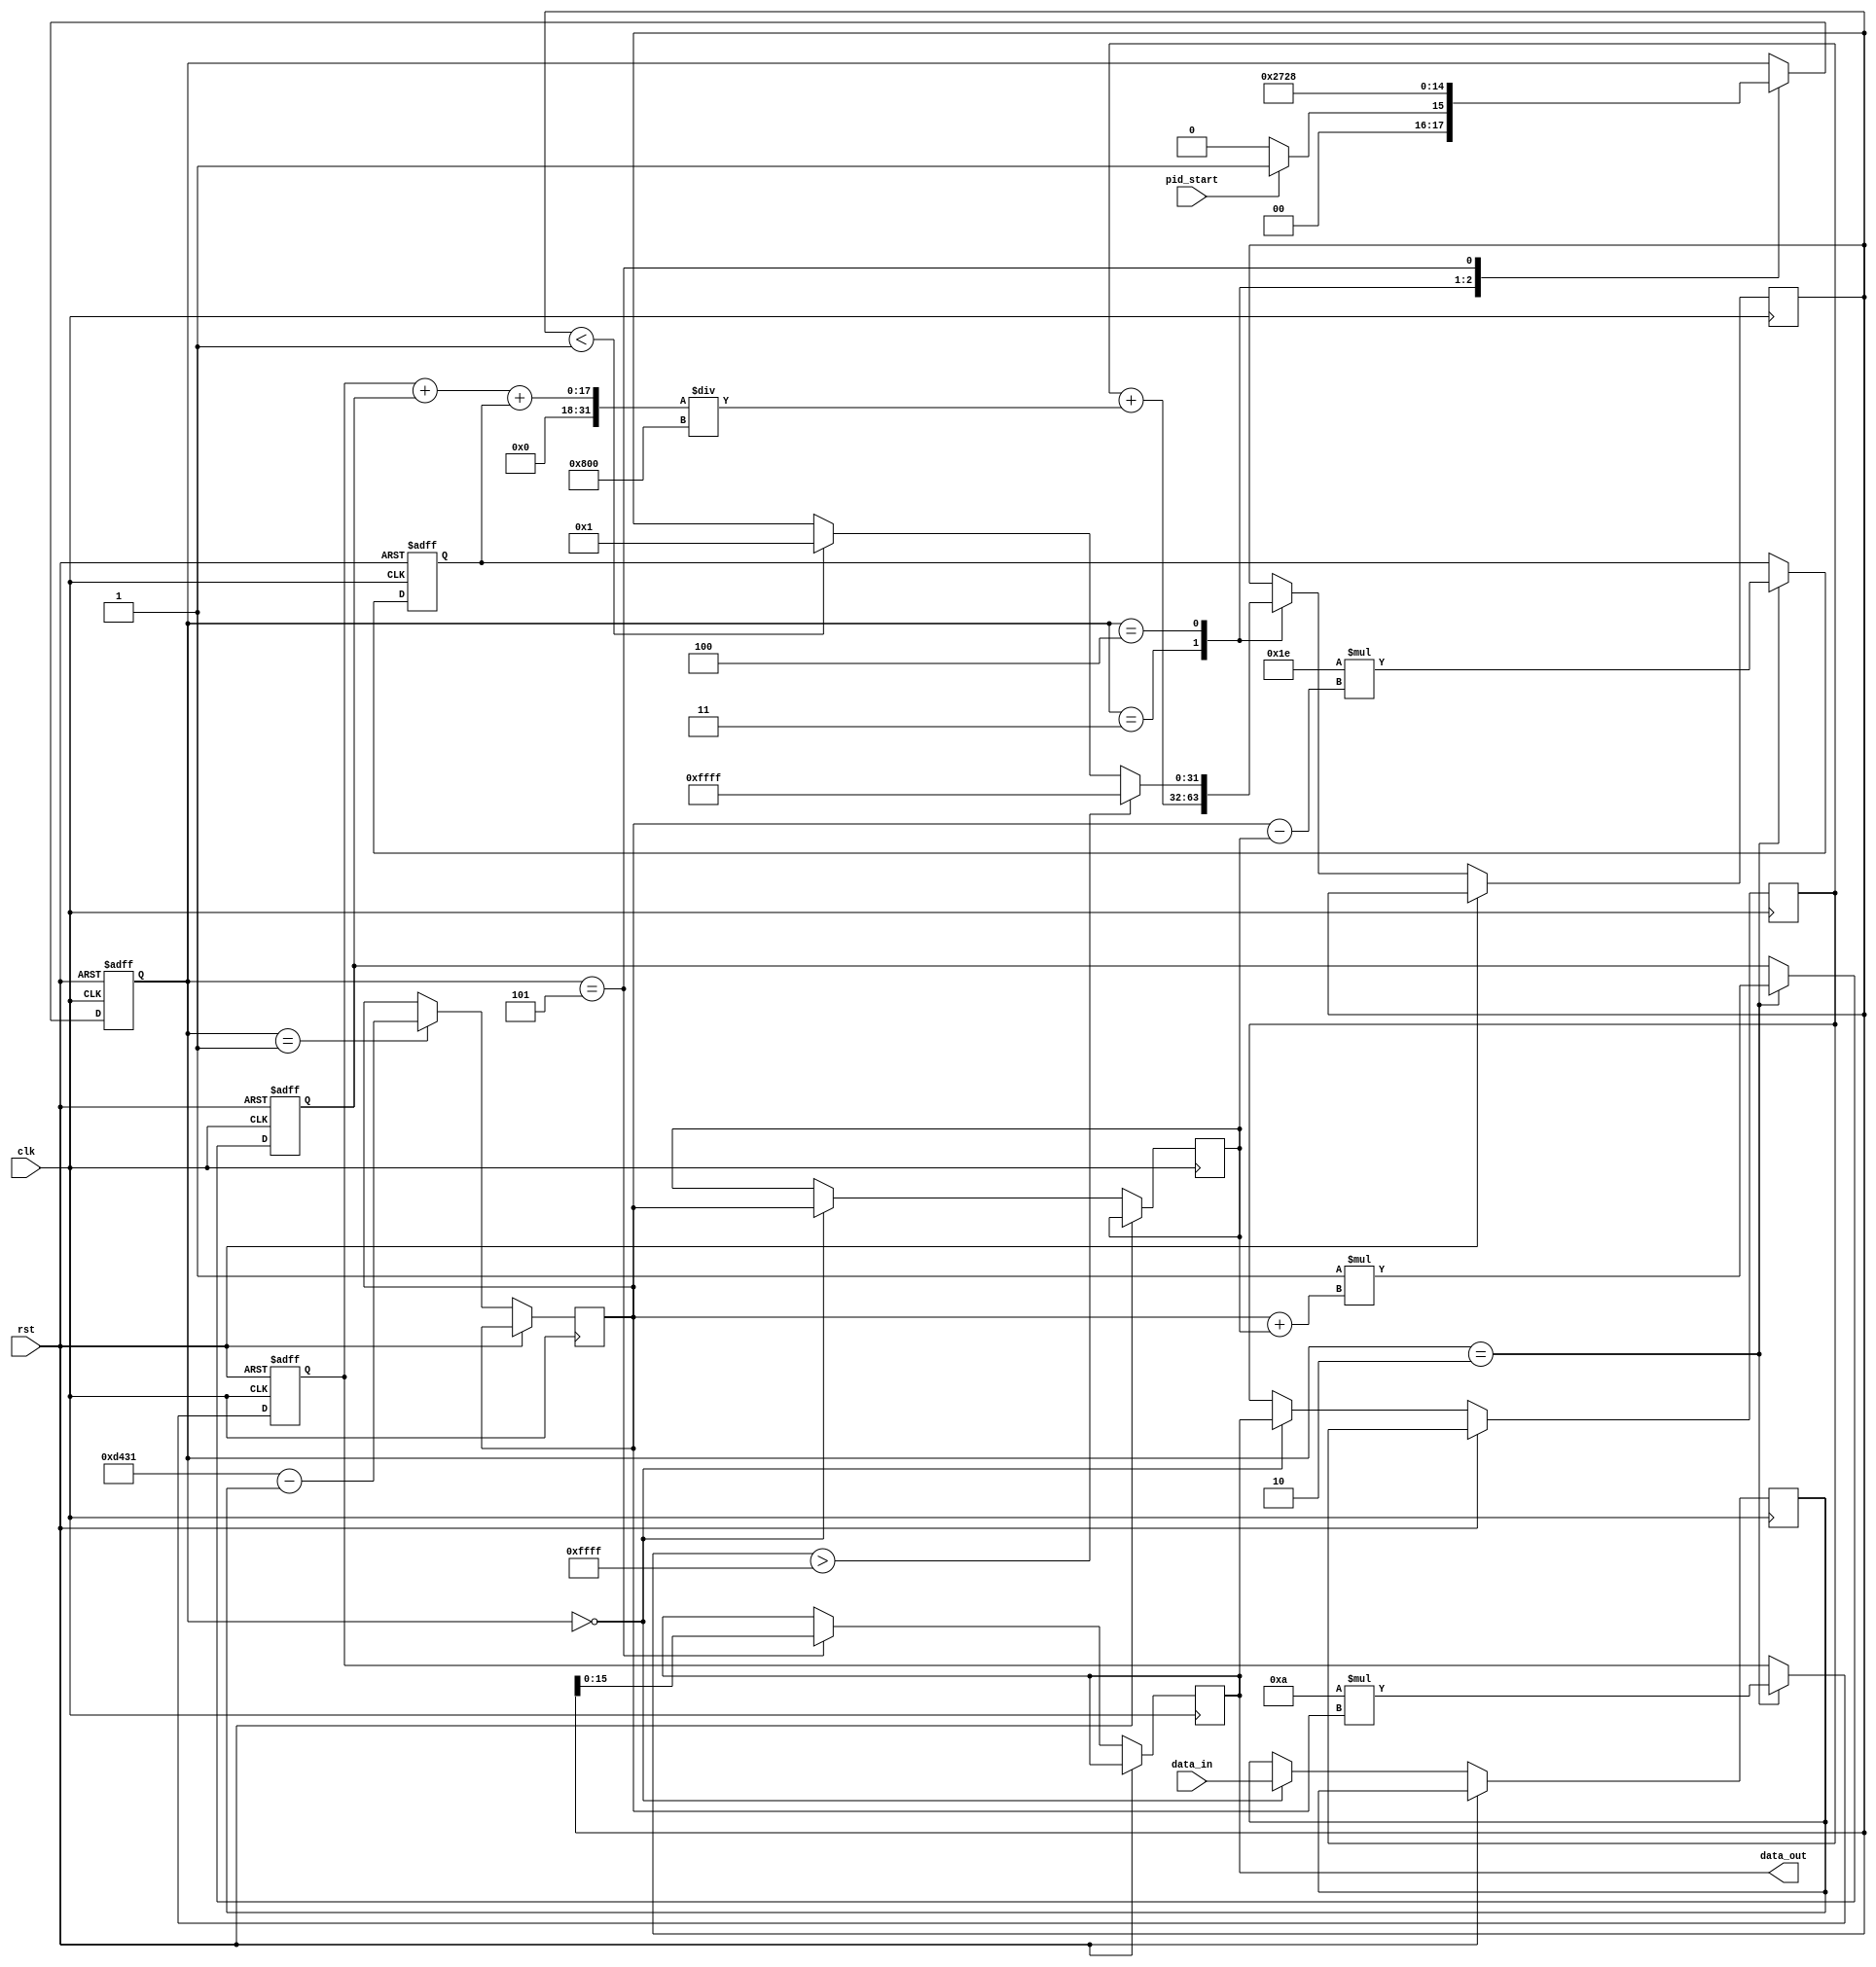
`timescale 1ps/1ps
module pid (
    input clk,
    input rst,
    input pid_start,
    input[15:0] data_in,
    output[15:0] data_out
);
    
    // states
    reg[2:0] state;
    localparam IDLE = 3'b000;
    localparam CALC_ERROR = 3'b001;
    localparam CALC_PID = 3'b010;
    localparam ADD_PID = 3'b011;
    localparam ADJUST_PID_VALUE = 3'b100;
    localparam OUTPUT_PID = 3'b101;

    // set point (the value PID tries to achieve)
    localparam setpoint = 54321;

    // pid constants (used for tuning)
    reg[15:0] kp = 10;
    reg[15:0] kd = 30;
    reg[15:0] ki = 1;
    
    // pid error
    reg[15:0] p = 0;
    reg[15:0] d = 0;
    reg[15:0] i = 0;

    // pid total
    reg[31:0] pid_total = 0;

    // intermediate data
    reg[15:0] inter_data = 0;

    // error and output
    reg[15:0] error = 0;
    reg[15:0] prev_error = 0;
    reg[15:0] out = 0;
    reg[15:0] prev_out = 0;

    always @ (posedge clk, posedge rst)
    begin
        if (rst)
        begin
            state = IDLE;
            p = 0;
            d = 0;
            i = 0;
        end else
        begin
            case (state)
                IDLE: 
                begin
                    inter_data <= data_in;
                    prev_error <= error;
                    prev_out <= out;

                    if (pid_start)
                        state <= CALC_ERROR;
                    else
                        state <= IDLE;
                end

                CALC_ERROR:
                begin
                    error <= setpoint - inter_data;

                    state <= CALC_PID;
                end

                CALC_PID:
                begin
                    p <= kp * error;
                    d <= kd * (error - prev_error);
                    i <= ki * (error + prev_error);

                    state <= ADD_PID;
                end

                ADD_PID:
                begin
                    pid_total <= prev_out + (p + i + d) / 2048; // output scaling with 2048

                    state <= ADJUST_PID_VALUE;
                end

                ADJUST_PID_VALUE:
                begin
                    if (pid_total > 65535)
                        pid_total <= 65535;
                    else if (pid_total < 1)
                        pid_total <= 1;

                    state <= OUTPUT_PID;
                end

                OUTPUT_PID:
                begin
                    out <= pid_total[15:0];

                    state <= IDLE;
                end
            endcase
        end
    end

    assign data_out = out;

endmodule